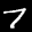
Label: 7